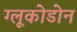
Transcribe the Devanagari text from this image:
ग्लूकोडोन